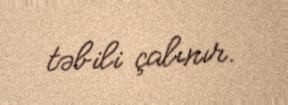
təbili çalınır.